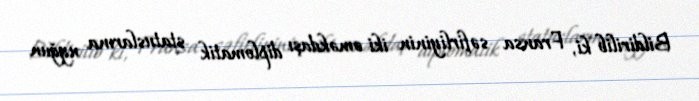
Bildirilib ki, Fransa səfirliyinin iki əməkdaşı diplomatik statuslarına uyğun